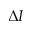
\Delta I